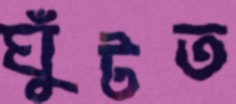
ঘুঁটত